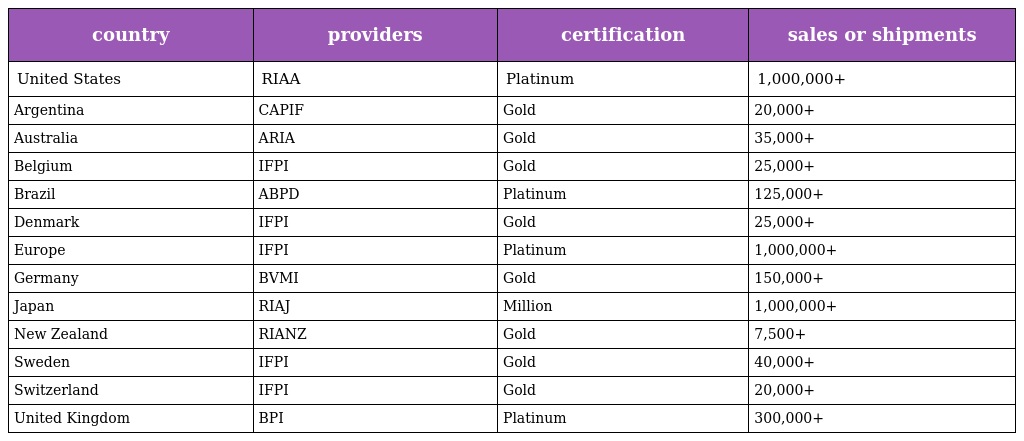
| country | providers | certification | sales or shipments |
 | --- | --- | --- | --- |
 | United States | RIAA | Platinum | 1,000,000+ |
 | Argentina | CAPIF | Gold | 20,000+ |
 | Australia | ARIA | Gold | 35,000+ |
 | Belgium | IFPI | Gold | 25,000+ |
 | Brazil | ABPD | Platinum | 125,000+ |
 | Denmark | IFPI | Gold | 25,000+ |
 | Europe | IFPI | Platinum | 1,000,000+ |
 | Germany | BVMI | Gold | 150,000+ |
 | Japan | RIAJ | Million | 1,000,000+ |
 | New Zealand | RIANZ | Gold | 7,500+ |
 | Sweden | IFPI | Gold | 40,000+ |
 | Switzerland | IFPI | Gold | 20,000+ |
 | United Kingdom | BPI | Platinum | 300,000+ |